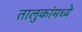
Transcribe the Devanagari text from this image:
तालुकांमध्ये